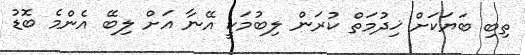
ތިބި ބަޔަކަށް ޚިދުމަތް ކުރަން ލިބުމަކީ އޭނާ އަށް ލިބޭ އެންމެ ބޮޑު